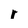
Character: r